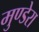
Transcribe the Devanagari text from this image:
मुण्डेरा